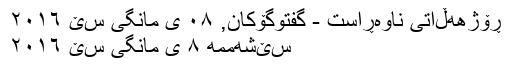
ڕۆژهه‌ڵاتی ناوه‌ڕاست - گفتوگۆکان, ٠٨ ی مانگی سێ ٢٠١٦
سێشه‌ممه‌ ٨ ی مانگی سێ ٢٠١٦